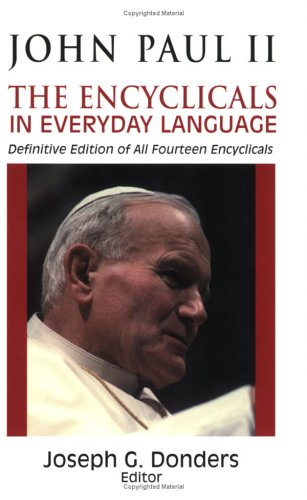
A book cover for John Paul 2: The Encyclicals in Everyday Language, Definitive Edition of All Fourteen Encyclicals; Christian Books & Bibles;